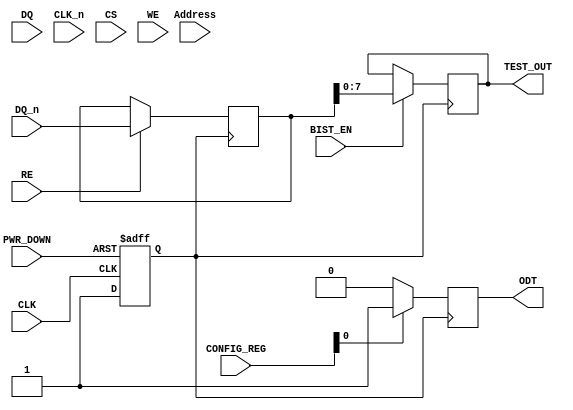
module gddr2_io_block (
    // Differential Data I/O
    input wire [31:0] DQ,      // Data input/output
    input wire [31:0] DQ_n,    // Inverted data input/output
    // Differential Clock
    input wire CLK,             // Clock input
    input wire CLK_n,           // Inverted clock input
    // Control Signals
    input wire CS,              // Chip Select
    input wire WE,              // Write Enable
    input wire RE,              // Read Enable
    // Address Input
    input wire [15:0] Address,  // Address input
    // Power Management
    input wire PWR_DOWN,        // Power down signal
    output reg ODT,             // On-die termination control
    // Test and Debug
    input wire BIST_EN,         // Built-in self-test enable
    output reg [7:0] TEST_OUT,  // Test output
    // Configuration
    input wire [3:0] CONFIG_REG // Configuration register
);

// Internal signals
reg [31:0] data_out;           // Data output register
reg [31:0] data_in;            // Data input register
reg clk_gated;                 // Gated clock signal
reg [15:0] address_reg;        // Address register

// Clock Gating Logic
always @(posedge CLK or negedge PWR_DOWN) begin
    if (!PWR_DOWN) begin
        clk_gated <= 1'b0;
    end else begin
        clk_gated <= 1'b1; // Enable clock when not in power down
    end
end

// Data Input/Output Logic
always @(posedge clk_gated) begin
    if (WE) begin
        data_out <= DQ; // Write data to output
    end
    if (RE) begin
        data_in <= DQ_n; // Read inverted data
    end
end

// On-die Termination Control
always @(posedge clk_gated) begin
    if (CONFIG_REG[0]) begin
        ODT <= 1'b1; // Enable ODT based on configuration
    end else begin
        ODT <= 1'b0; // Disable ODT
    end
end

// Built-in Self-Test Logic
always @(posedge clk_gated) begin
    if (BIST_EN) begin
        TEST_OUT <= data_in[7:0]; // Example test output
    end
end

// Address Register
always @(posedge clk_gated) begin
    address_reg <= Address; // Latch the address
end

endmodule